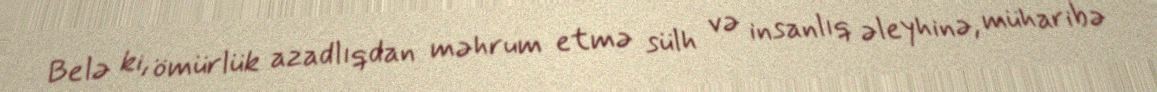
Belə ki, ömürlük azadlıqdan məhrum etmə sülh və insanlıq əleyhinə, müharibə